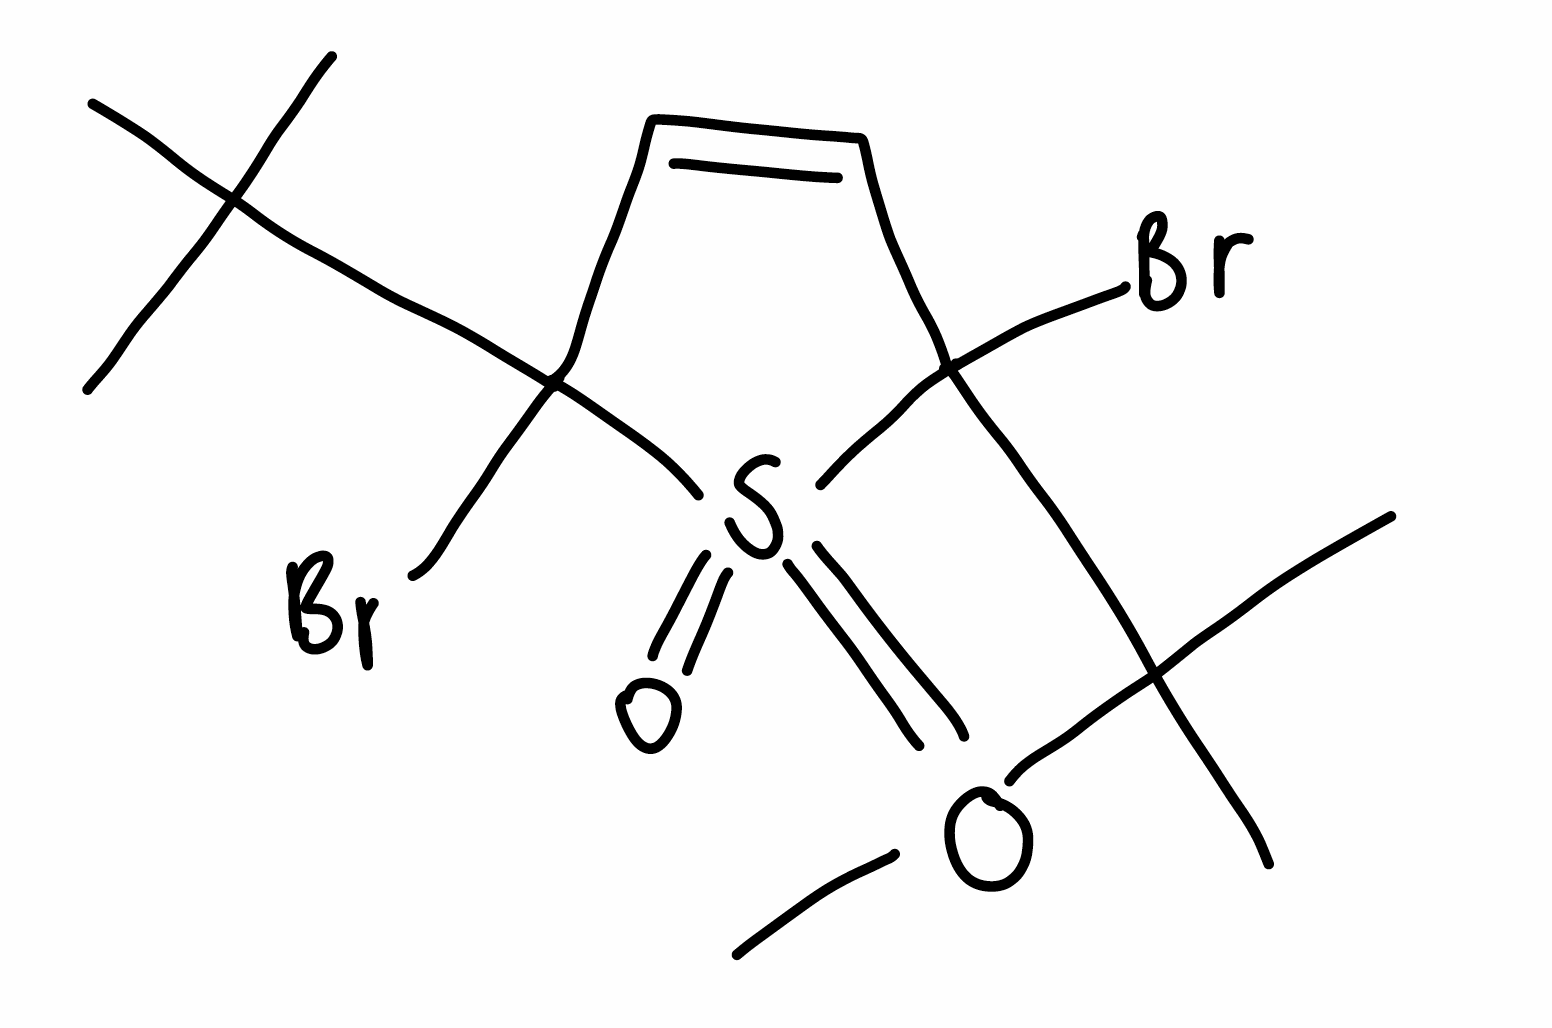
Simplified molecular-input line-entry system (SMILES) notation of the given molecule:
CC(C)(C)C1(C=CC(S1(=O)=O)(C(C)(C)C)Br)Br